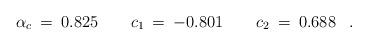
LaTeX: \begin{align*}\alpha_c \> = \> 0.825 \quad \quad c_1 \> = \> -0.801\quad \quad c_2 \> = \> 0.688\;\;\;.\end{align*}